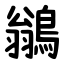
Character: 鶲